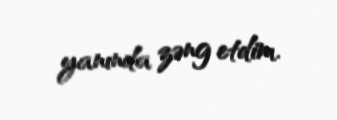
yanında zəng etdim.